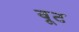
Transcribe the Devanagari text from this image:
वूट